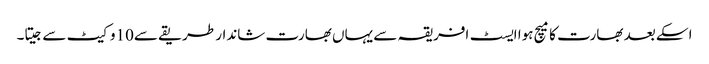
اسکے بعد بھارت کا میچ ہوا ایسٹ افریقہ سے یہاں بھارت شاندار طریقے سے10وکیٹ سے جیتا۔